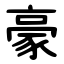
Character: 豪